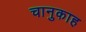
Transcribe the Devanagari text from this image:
चानुकाह